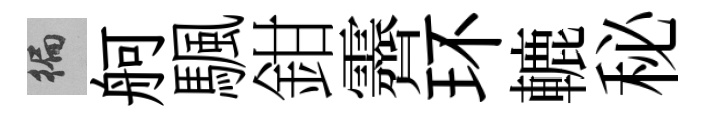
徧舸颿鉗霽环轆秘